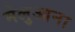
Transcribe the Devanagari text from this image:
मेलुआना